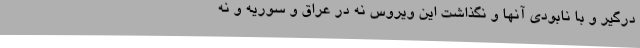
درگیر و با نابودی آنها و نگذاشت این ویروس نه در عراق و سوریه و نه